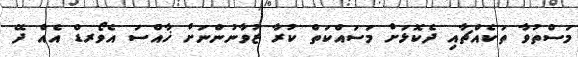
މަސްތުވާ ތަކެއްޗާއި ދެކޮޅަށް މަސައްކަތް ކުރާ ޒުވާނުންނަށް ޚާއްސަ އެވޯރޑް އެއް ދޭ